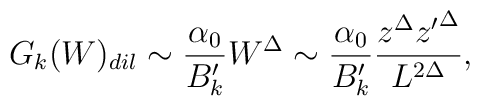
G_k(W)_{dil}  \sim  { \alpha_0 \over {B'_k}} W^{\Delta} \sim  { \alpha_0 \over {B'_k}}{ z^\Delta {z'}^{\Delta} \over L^{2\Delta} },